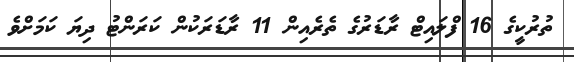
ތުރުކީގެ 16 ފްލައިޓް ރާޑަރުގެ ތެރެއިން 11 ރާޑަރަކުން ކަރަންޓު ދިޔަ ކަމަށްވެ